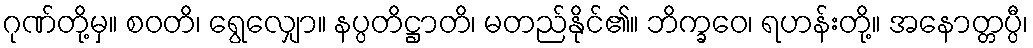
ဂုဏ်တို့မှ။ စဝတိ၊ ရွေလျှော။ နပ္ပတိဋ္ဌာတိ၊ မတည်နိုင်၏။ ဘိက္ခဝေ၊ ရဟန်းတို့။ အနောတ္တပ္ပီ၊